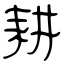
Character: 耕